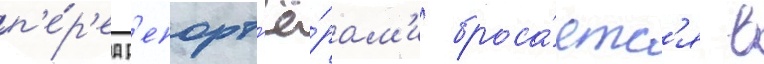
п'е́р'ед р'епорт'ё́рам'и броса́етс'я в